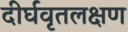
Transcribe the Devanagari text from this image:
दीर्घवृतलक्षण